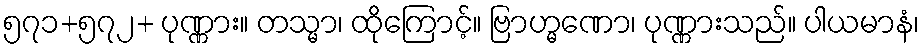
၅၇၁+၅၇၂+ ပုဏ္ဏား။ တသ္မာ၊ ထိုကြောင့်။ ဗြာဟ္မဏော၊ ပုဏ္ဏားသည်။ ပါယမာနံ၊